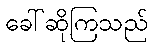
ခေါ်ဆိုကြသည်